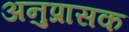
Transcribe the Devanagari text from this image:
अनुप्रासक